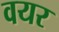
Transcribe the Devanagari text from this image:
वयर